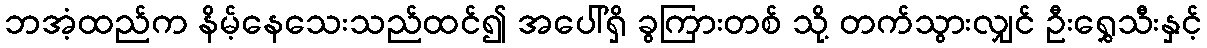
ဘအံ့ထည်က နိမ့်နေသေးသည်ထင်၍ အပေါ်ရှိ ခွကြားတစ် သို့ တက်သွားလျှင် ဦးရွှေသီးနှင့်